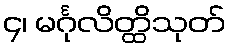
၄၊ မင်္ဂုလိတ္ထိသုတ်